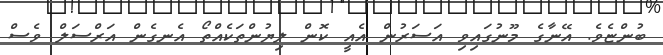
ބުންޏެވެ. އޭނާގެ މޫނުގައިވި އަސަރުން އެއީ ކޮން ލިޔުންތަކެއްތޯ އެނގެން އަރްސަލް ވެސް